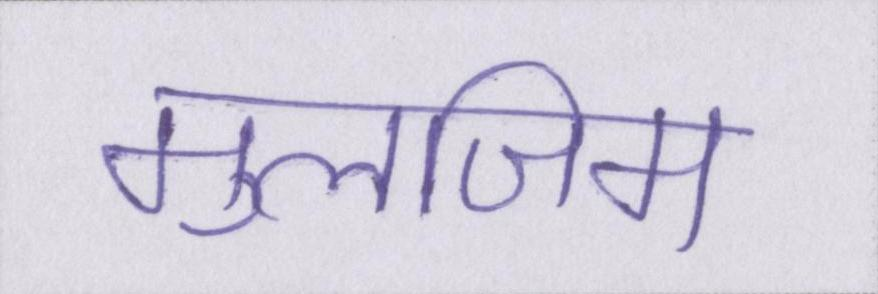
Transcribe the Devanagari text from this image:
मुलजिम